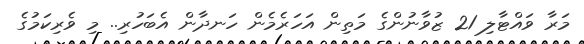
މަރާ ވައްޓާލި 21 ޒުވާނުންގެ މަތިން އަހަރެމެން ހަނދާން އެބަހުރި.. މި ވެރިކަމުގެ